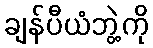
ချန်ပီယံဘွဲ့ကို